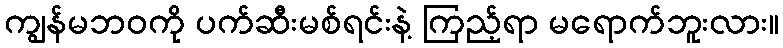
ကျွန်မဘဝကို ပက်ဆီးမစ်ရင်းနဲ့ ကြည့်ရာ မရောက်ဘူးလား။